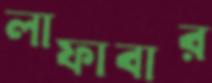
লাফাবার